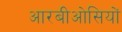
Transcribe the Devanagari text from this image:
आरबीओसियों